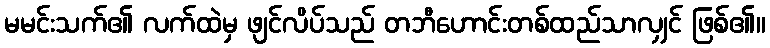
မမင်းသက်၏ လက်ထဲမှ ဖျင်လိပ်သည် တဘီဟောင်းတစ်ထည်သာလျှင် ဖြစ်၏။